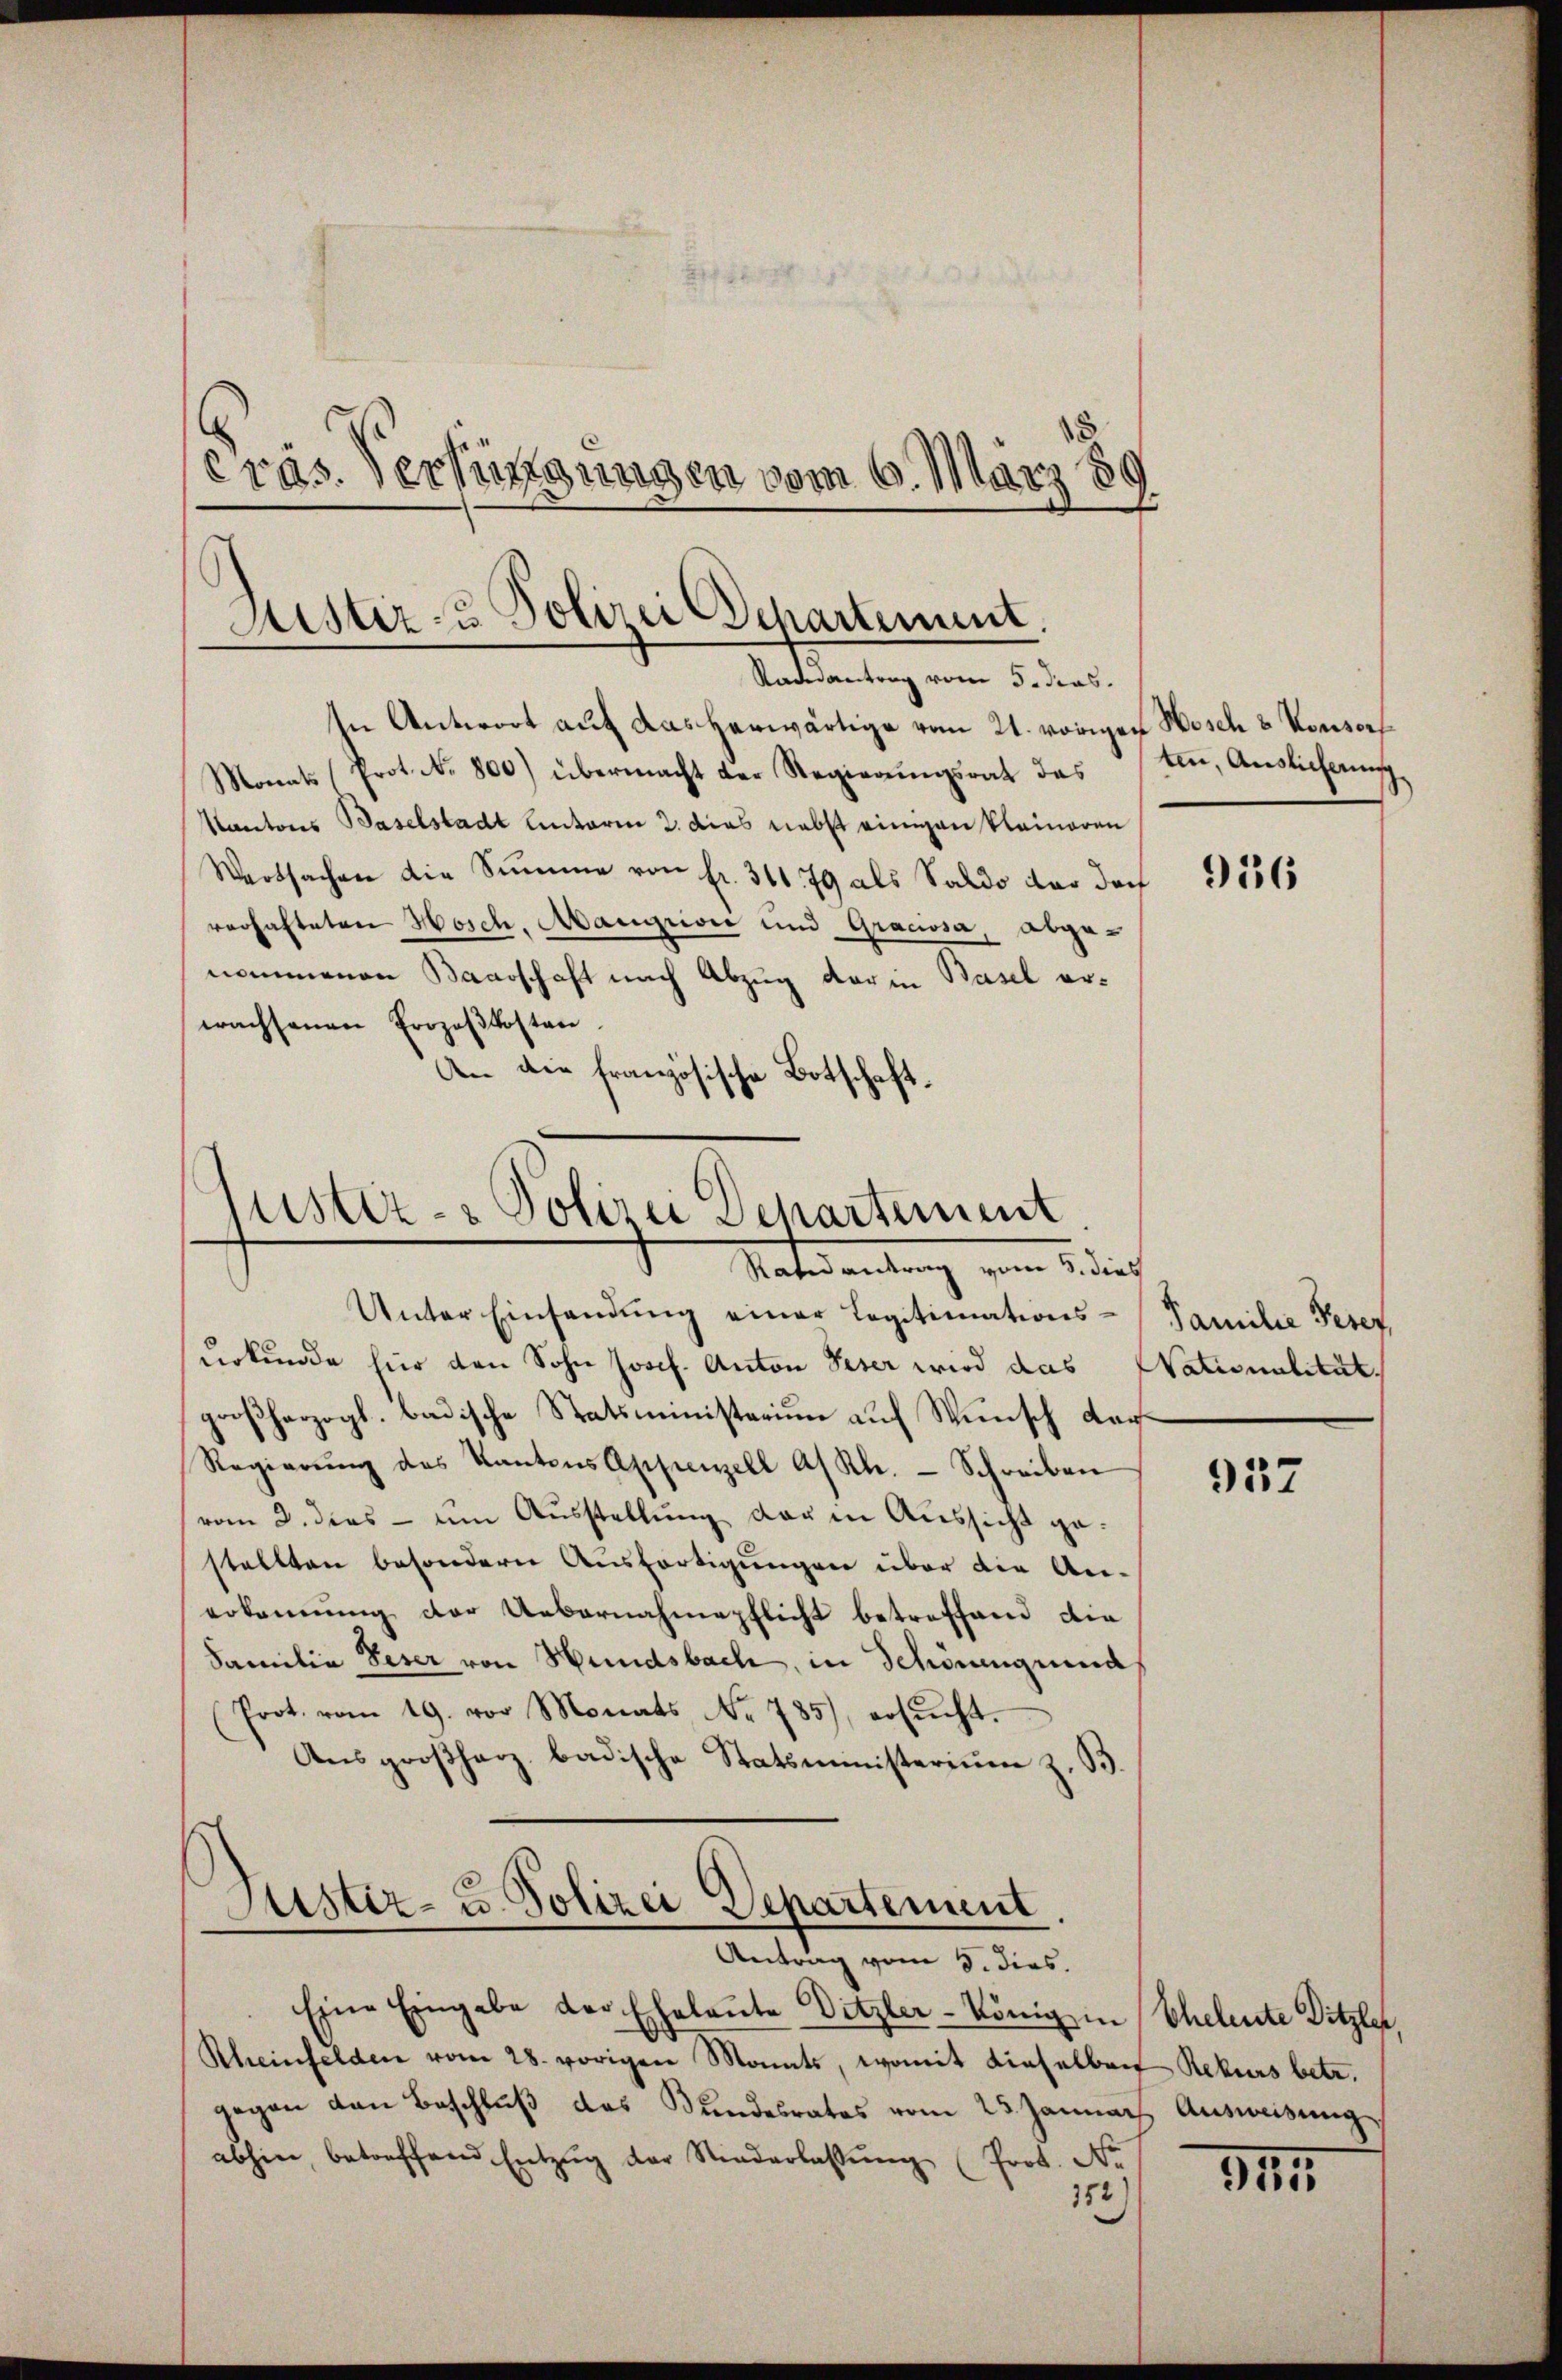
Präs. Verhängungen vom 6. März 189
Justiz- & Polizei Departement.

Radesantrag vom 5. das
In Antwort auf das herwärtige vom 21. vorigen Nosch u. Konsors

Monats (Prot. N. 800) übermacht der Regierungsrat das
Kantons Baselstadt Unterm 2. dies nebst einigen kleinoren
Wertsachen die Summe von fr. 31679 als Saldo der doch
verhafteten Hosch, Maugrive und Graciosa, abgenommenen Baarschaft nach Abzug der in Basel erwachsenen Prozeßkosten.
An die französische Botschaft.

ustiz- & Polizei Departement
Rates antrag vom 5. dies
Unter Einsendung einer Legitimations- Familie Peter

Justiz- u. Polizei Departement.
Antrag vom 5. dies.

Eine Eingabe der Eheleute Ditzler-König in Eheleute Ditzler
Rheinfelden vom 28. vorigen Monats, womit dieselben Rekurs betr.
gegen den Beschluß des Bundesrates vom 23. Jannach Ausweisung
abhin, betreffend Entzŭg der Niederlassŭng (Prot. Nr.
152

urkunde für den Sohn Josef. Anton Peser wird das Nationalität.
großherzogl. badische Statsministerium auf Wunsch dar¬
Regierŭng des Kantons Appenzell A/ Kl. - Schreiben
vom 2. dies - um Ausstellung der in Aussicht gestellten besondern Ausfertigungen über die An-
erkennung der Uebernahmepflicht betreffend die
Familia Peser von Hundsbach, in Schönengrund
(Prot. vom 19. vor Monats No. 785), ersŭcht.
Aŭsgroßherz badische Statsministerium z. B.

tin, Auslicherung

936

957

314